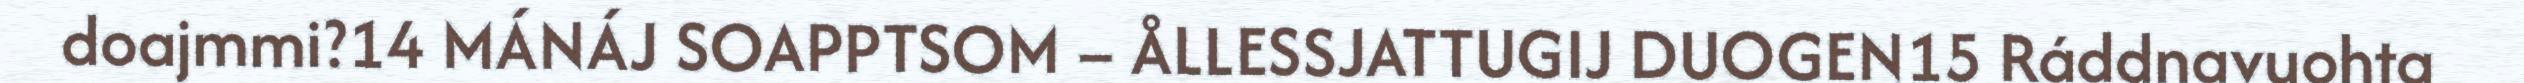
doajmmi?14 MÁNÁJ SOAPPTSOM – ÅLLESSJATTUGIJ DUOGEN15 Ráddnavuohta